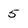
Character: 5